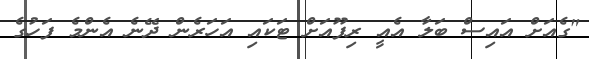
"ގެއަށް އައިސް ބަލާ އެއީ ރިފޫއަށް ޓަކައި އަހަރެން ދޭނެ އެންމެ ފަހުގެ